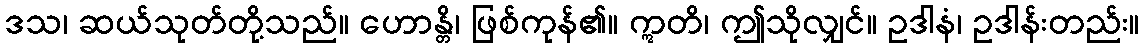
ဒသ၊ ဆယ်သုတ်တို့သည်။ ဟောန္တိ၊ ဖြစ်ကုန်၏။ ဣတိ၊ ဤသိုလျှင်။ ဥဒါနံ၊ ဥဒါန်းတည်း။